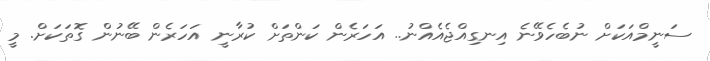
ސަނީމްއަކަށް ނުބެހެވޭނެ އިނގިއްޖެއެއްނު.. އަހަރެން ކަންތަށް ކުރާނީ އަހަރެން ބޭނުން ގޮތަކަށް. މީ